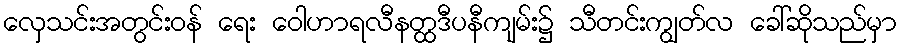
လှေသင်းအတွင်းဝန် ရေး ဝေါဟာရလီနတ္ထဒီပနီကျမ်း၌ သီတင်းကျွတ်လ ခေါ်ဆိုသည်မှာ